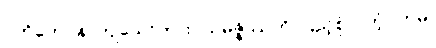
ပတိတေပန၊ ကျသော်ကား။ သမ္ပဇ္ဇိဿတိ၊ ပြည့်စုံလတံ့။ တမ္ပိ၊